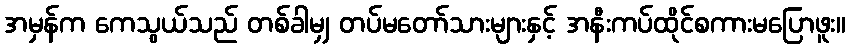
အမှန်က ကေသွယ်သည် တစ်ခါမျှ တပ်မတော်သားများနှင့် အနီးကပ်ထိုင်စကားမပြောဖူး။